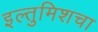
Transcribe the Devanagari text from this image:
इल्तुमिशचा